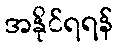
အနိုင်ရရန်